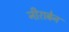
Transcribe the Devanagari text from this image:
नीराबेन